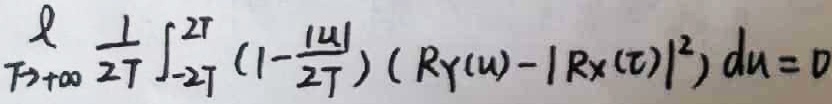
$\underset{T\to +\infty }{\lim }\frac{1}{2T}\int \nolimits_{-2T}^{2T}(1-\frac{\vert u\vert }{2T})(R_Y(u)-\vert R_X(\tau )\vert^2)du = 0$